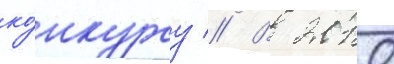
ко́нкурсу // В 2010